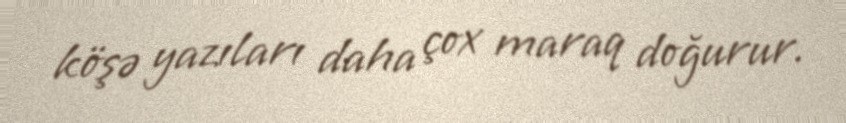
köşə yazıları daha çox maraq doğurur.